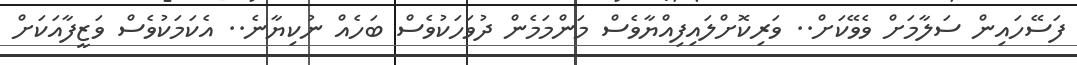
ފަސޭހައިން ސަލާމަށް ވެވޭކަށް.. ވަރިކޮށްލައިފިއްޔާވެސް މަންމަމެން ދުވަހަކުވެސް ބަހެއް ނުކިޔާނެ.. އެކަމަކުވެސް ވަޒީފާއަކަށް